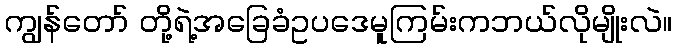
ကျွန်တော် တို့ရဲ့အခြေခံဥပဒေမူကြမ်းကဘယ်လိုမျိုးလဲ။